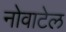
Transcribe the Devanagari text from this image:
नोवाटेल